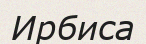
Ирбиса